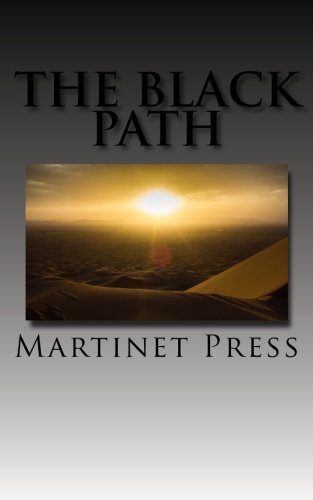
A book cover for The Black Path; Tariqa Azzeddini; Religion & Spirituality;